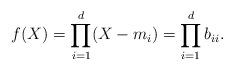
LaTeX: \begin{align*}f(X)=\prod_{i=1}^{d}(X-m_i)=\prod_{i=1}^db_{ii}.\end{align*}